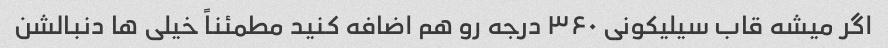
اگر میشه قاب سیلیکونی ۳۶۰ درجه رو هم اضافه کنید مطمئناً خیلی ها دنبالشن